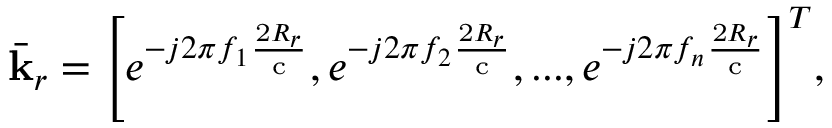
{ \bar { \bf { k } } _ { r } } = { \left[ { { e ^ { - j 2 \pi { f _ { 1 } } \frac { { \mathrm { { 2 } } { R _ { r } } } } { { \mathrm { c } } } } } , { e ^ { - j 2 \pi { f _ { 2 } } \frac { { \mathrm { { 2 } } { R _ { r } } } } { { \mathrm { c } } } } } , . . . , { e ^ { - j 2 \pi { f _ { n } } \frac { { \mathrm { { 2 } } { R _ { r } } } } { { \mathrm { c } } } } } } \right] ^ { T } } ,